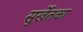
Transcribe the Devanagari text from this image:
सुर्खेतका